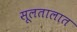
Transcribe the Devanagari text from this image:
सूलतालात